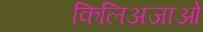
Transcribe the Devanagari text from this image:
किलिअजाओ